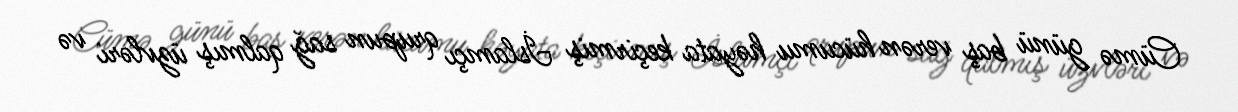
Cümə günü baş verən hücumu həyata keçirmiş İslamçı qrupun sağ qalmış üzvləri və